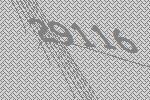
29116